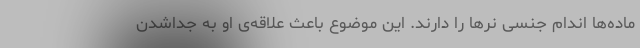
ماده‌ها اندام جنسی نرها را دارند. این موضوع باعث علاقه‌ی او به جداشدن